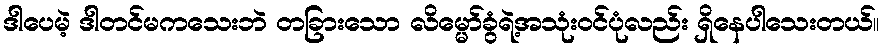
ဒါပေမဲ့ ဒါတင်မကသေးဘဲ တခြားသော လိမ္မော်ခွံရဲ့အသုံးဝင်ပုံလည်း ရှိနေပါသေးတယ်။